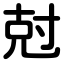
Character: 尅